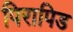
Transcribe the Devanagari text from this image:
पिरापिड